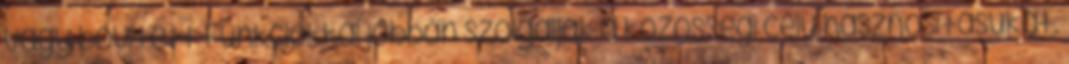
vagy bővített funkciókkal jobban szolgálják a közösségi célú hasznosításukat.